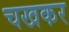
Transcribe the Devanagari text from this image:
चखकर